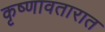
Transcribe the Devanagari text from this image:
कृष्णावतारात